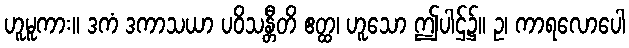
ဟူမူကား။ ဒကံ ဒကာသယာ ပဝိသန္တီတိ ဧတ္ထ၊ ဟူသော ဤပါဌ်၌။ ဥ၊ ကာရလောပေါ